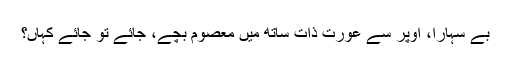
بے سہارا، اوپر سے عورت ذات ساتھ میں معصوم بچے، جائے تو جائے کہاں؟